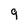
Character: 9